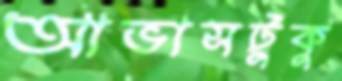
আভাসটুকু